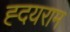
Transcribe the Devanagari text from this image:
ह्दयराम